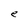
Character: e